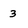
Character: 3